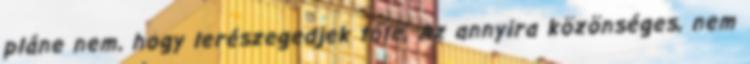
pláne nem, hogy lerészegedjek tőle. Az annyira közönséges, nem